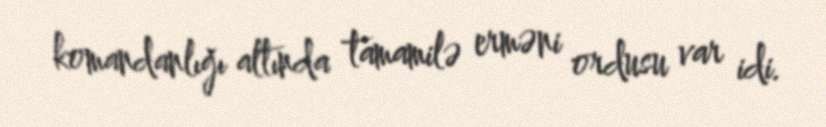
komandanlığı altında tamamilə erməni ordusu var idi.